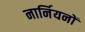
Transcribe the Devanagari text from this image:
नार्नियनों